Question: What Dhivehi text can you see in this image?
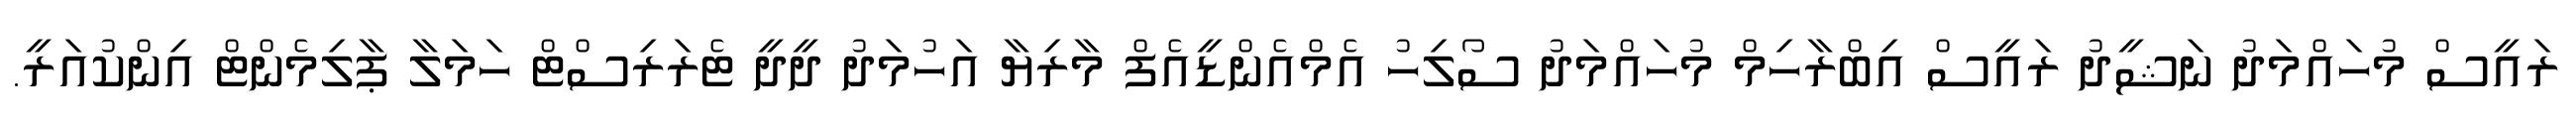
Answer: ރައީސް މުހައްމަދު ނަޝީދު ރައީސް އިބްރާހިމް މުހައްމަދު ސޯލިހު އެމްއެންޑީއެފް މާރިޔާ އަހުމަދު ދީދީ ޓެރަރިސްޓް ހަމަލާ ޕާލިމެންޓް އިންކުއަރީ.